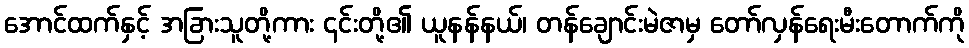
အောင်ထက်နှင့် အခြားသူတို့ကား ၎င်းတို့၏ ယူနန်နယ်၊ တန်ချောင်းမဲဇာမှ တော်လှန်ရေးမီးတောက်ကို